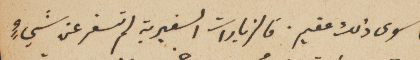
ما سوى ذلك عقيم. فالزيارات السفيرية لم تسفر عن شيءٍ